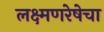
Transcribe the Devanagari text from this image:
लक्ष्मणरेषेचा